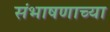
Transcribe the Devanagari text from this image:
संभाषणाच्या